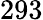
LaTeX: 293